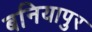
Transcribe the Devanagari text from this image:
बनियापुर